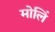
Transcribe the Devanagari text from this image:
मोलिं